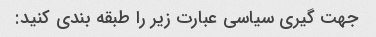
جهت گیری سیاسی عبارت زیر را طبقه بندی کنید: